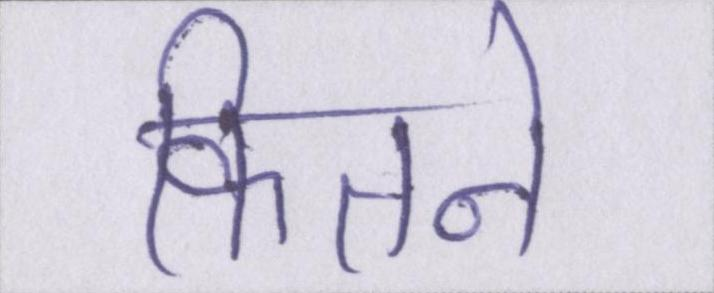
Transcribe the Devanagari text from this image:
कितने